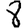
Digit: 8